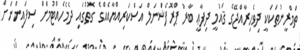
ތަމްރީނުތަކަކީ ދިވެހިރާއްޖޭގެ ޤައުމީ ދިފާޢީ ބާރު ޕްރޮފެޝަނަލް އަސްކަރިއްޔާއެއްގެ ގޮތުގައި ދެމެހެއްޓުމަށް ސިފައިންނަށް